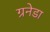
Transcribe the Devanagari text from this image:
ग्रनेडा